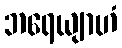
ဘရေယျာဟံ